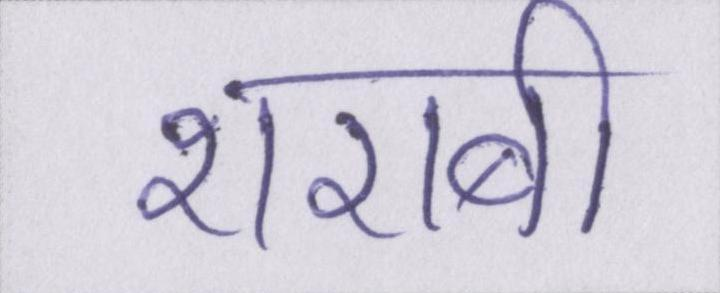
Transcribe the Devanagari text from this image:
शराबी